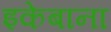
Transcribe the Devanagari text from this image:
इकेबाना